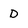
Character: D